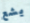
يشع